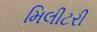
મિલીટરી